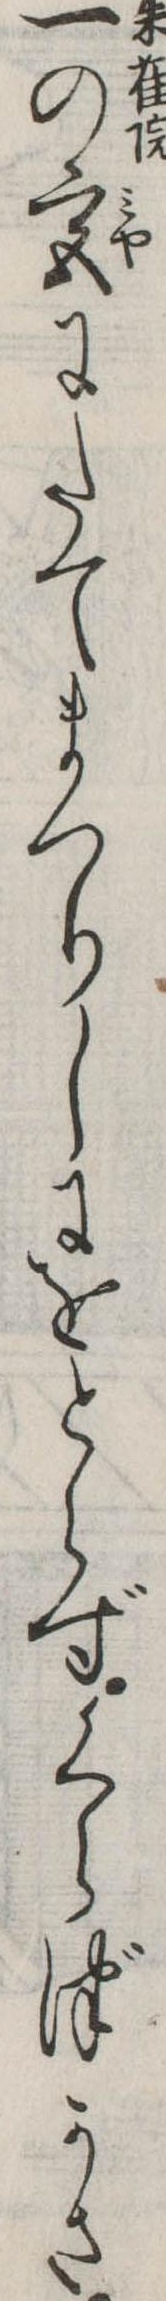
一の宮にたてまつりしにをとらずくらづかさ